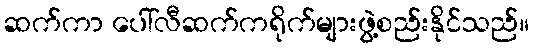
ဆက်ကာ ပေါ်လီဆက်ကရိုက်များဖွဲ့စည်းနိုင်သည်။